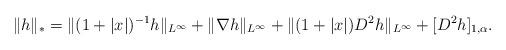
LaTeX: \begin{align*}\| h \|_* = \| (1+|x|)^{-1} h \|_{L^\infty} + \| \nabla h \|_{L^\infty} + \| (1+|x|) D^2 h\|_{L^\infty} + [D^2 h]_{1,\alpha}.\end{align*}